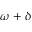
\omega + \delta